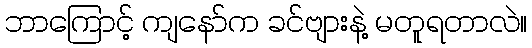
ဘာကြောင့် ကျနော်က ခင်ဗျားနဲ့ မတူရတာလဲ။